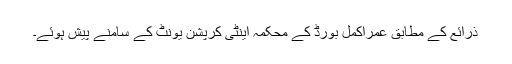
ذرائع کے مطابق عمراکمل بورڈ کے محکمہ اینٹی کرپشن یونٹ کے سامنے پیش ہوئے۔